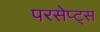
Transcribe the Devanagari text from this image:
परसेप्ट्स